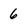
Character: 6